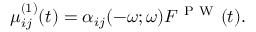
\mu _ { i j } ^ { ( 1 ) } ( t ) = \alpha _ { i j } ( - \omega ; \omega ) F ^ { \mathrm { ~ P ~ W ~ } } ( t ) .